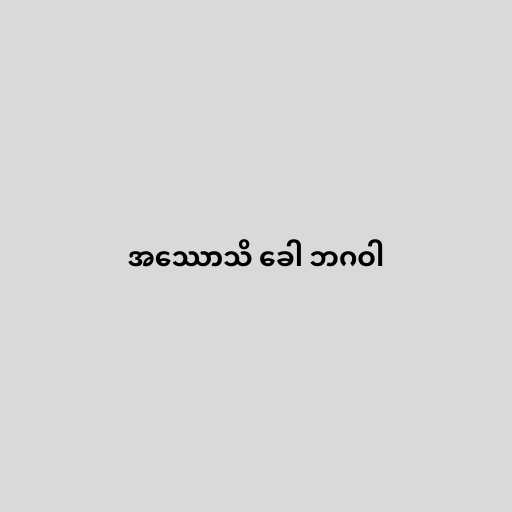
အဿောသိ ခေါ ဘဂဝါ